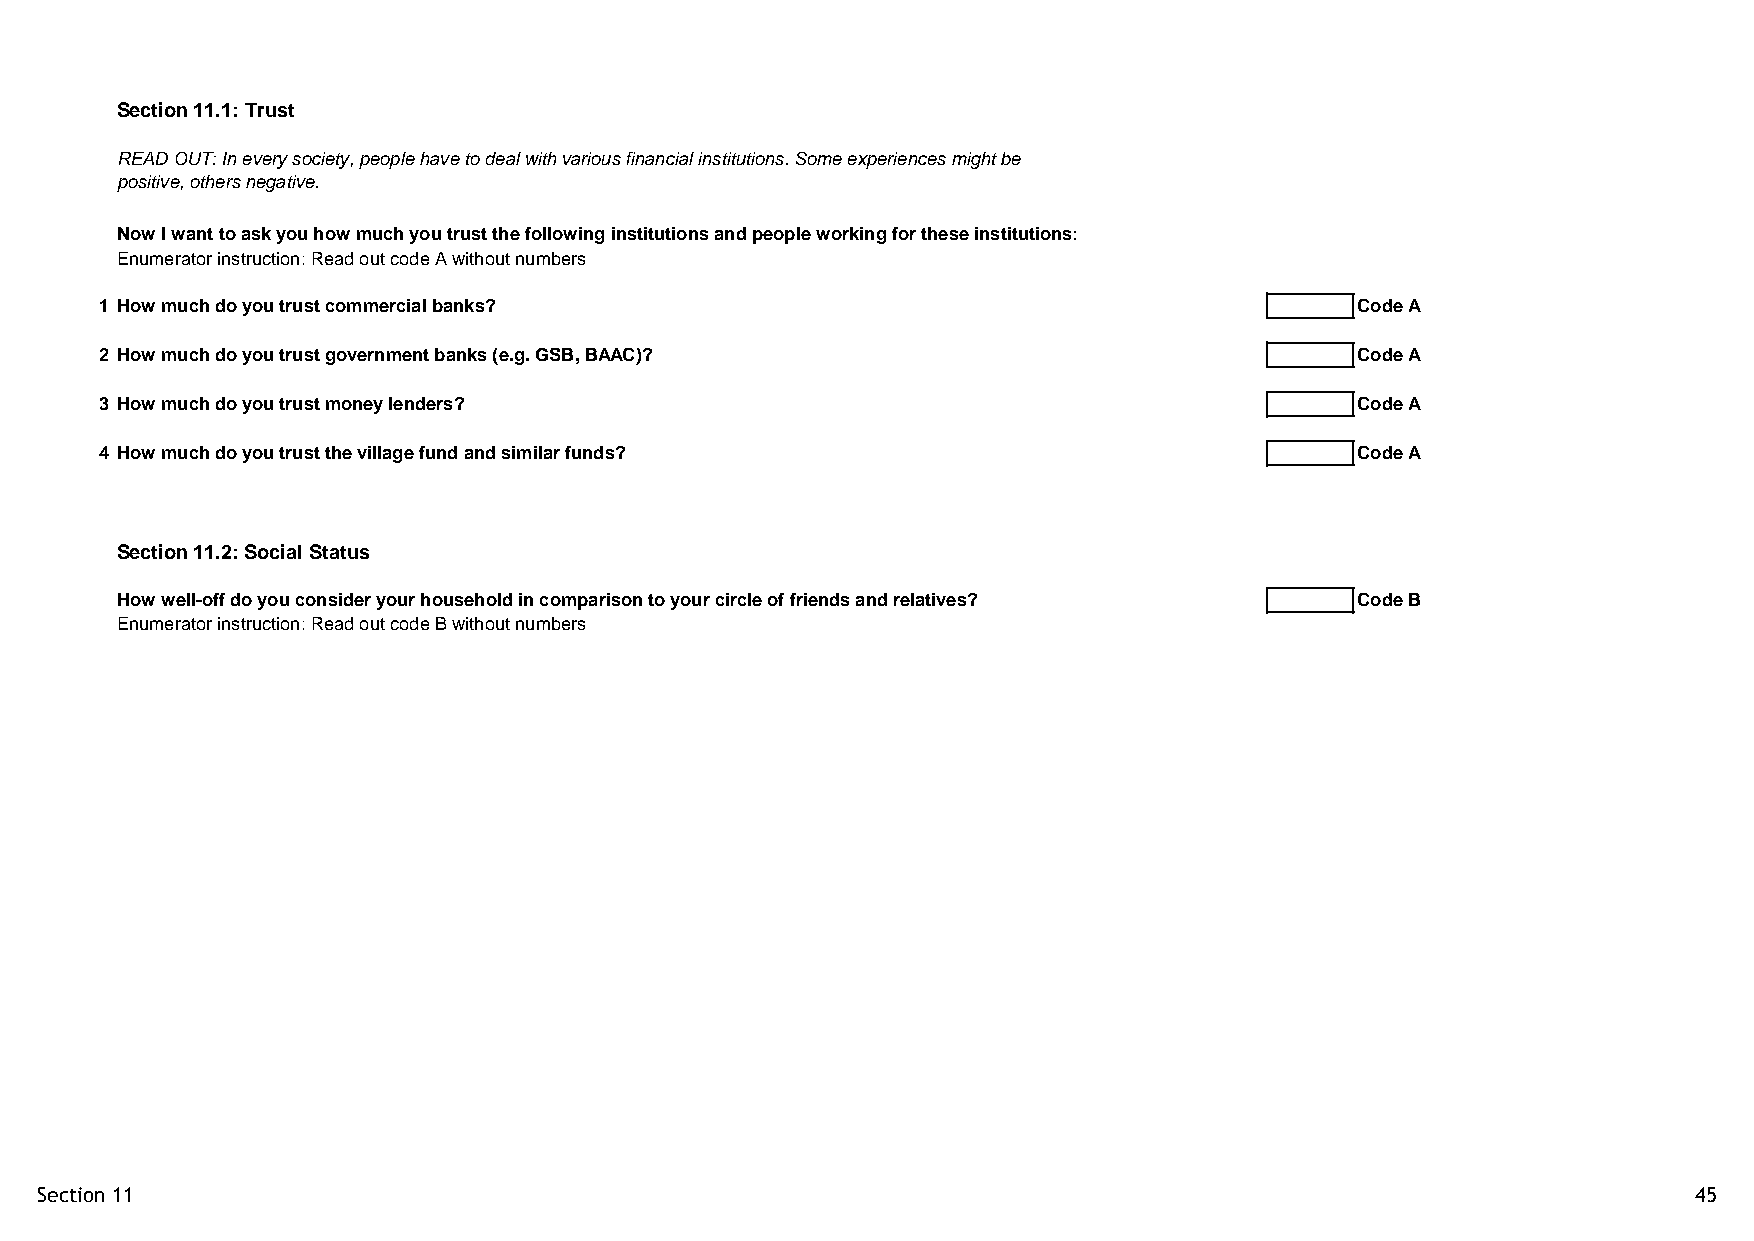
Section 11.1: Trust
 READ OUT: In every society, people have to deal with various financial institutions. Some experiences might be
 positive, others negative.
 Now I want to ask you how much you trust the following institutions and people working for these institutions:
 Enumerator instruction: Read out code A without numbers
 1 How much do you trust commercial banks?                                          Code A
 2 How much do you trust government banks (e.g. GSB, BAAC)?                         Code A
 3 How much do you trust money lenders?                                             Code A
 4 How much do you trust the village fund and similar funds?                        Code A
 Section 11.2: Social Status
 How well-off do you consider your household in comparison to your circle of friends and relatives? Code B
 Enumerator instruction: Read out code B without numbers
 Section 11                                                                                                    45